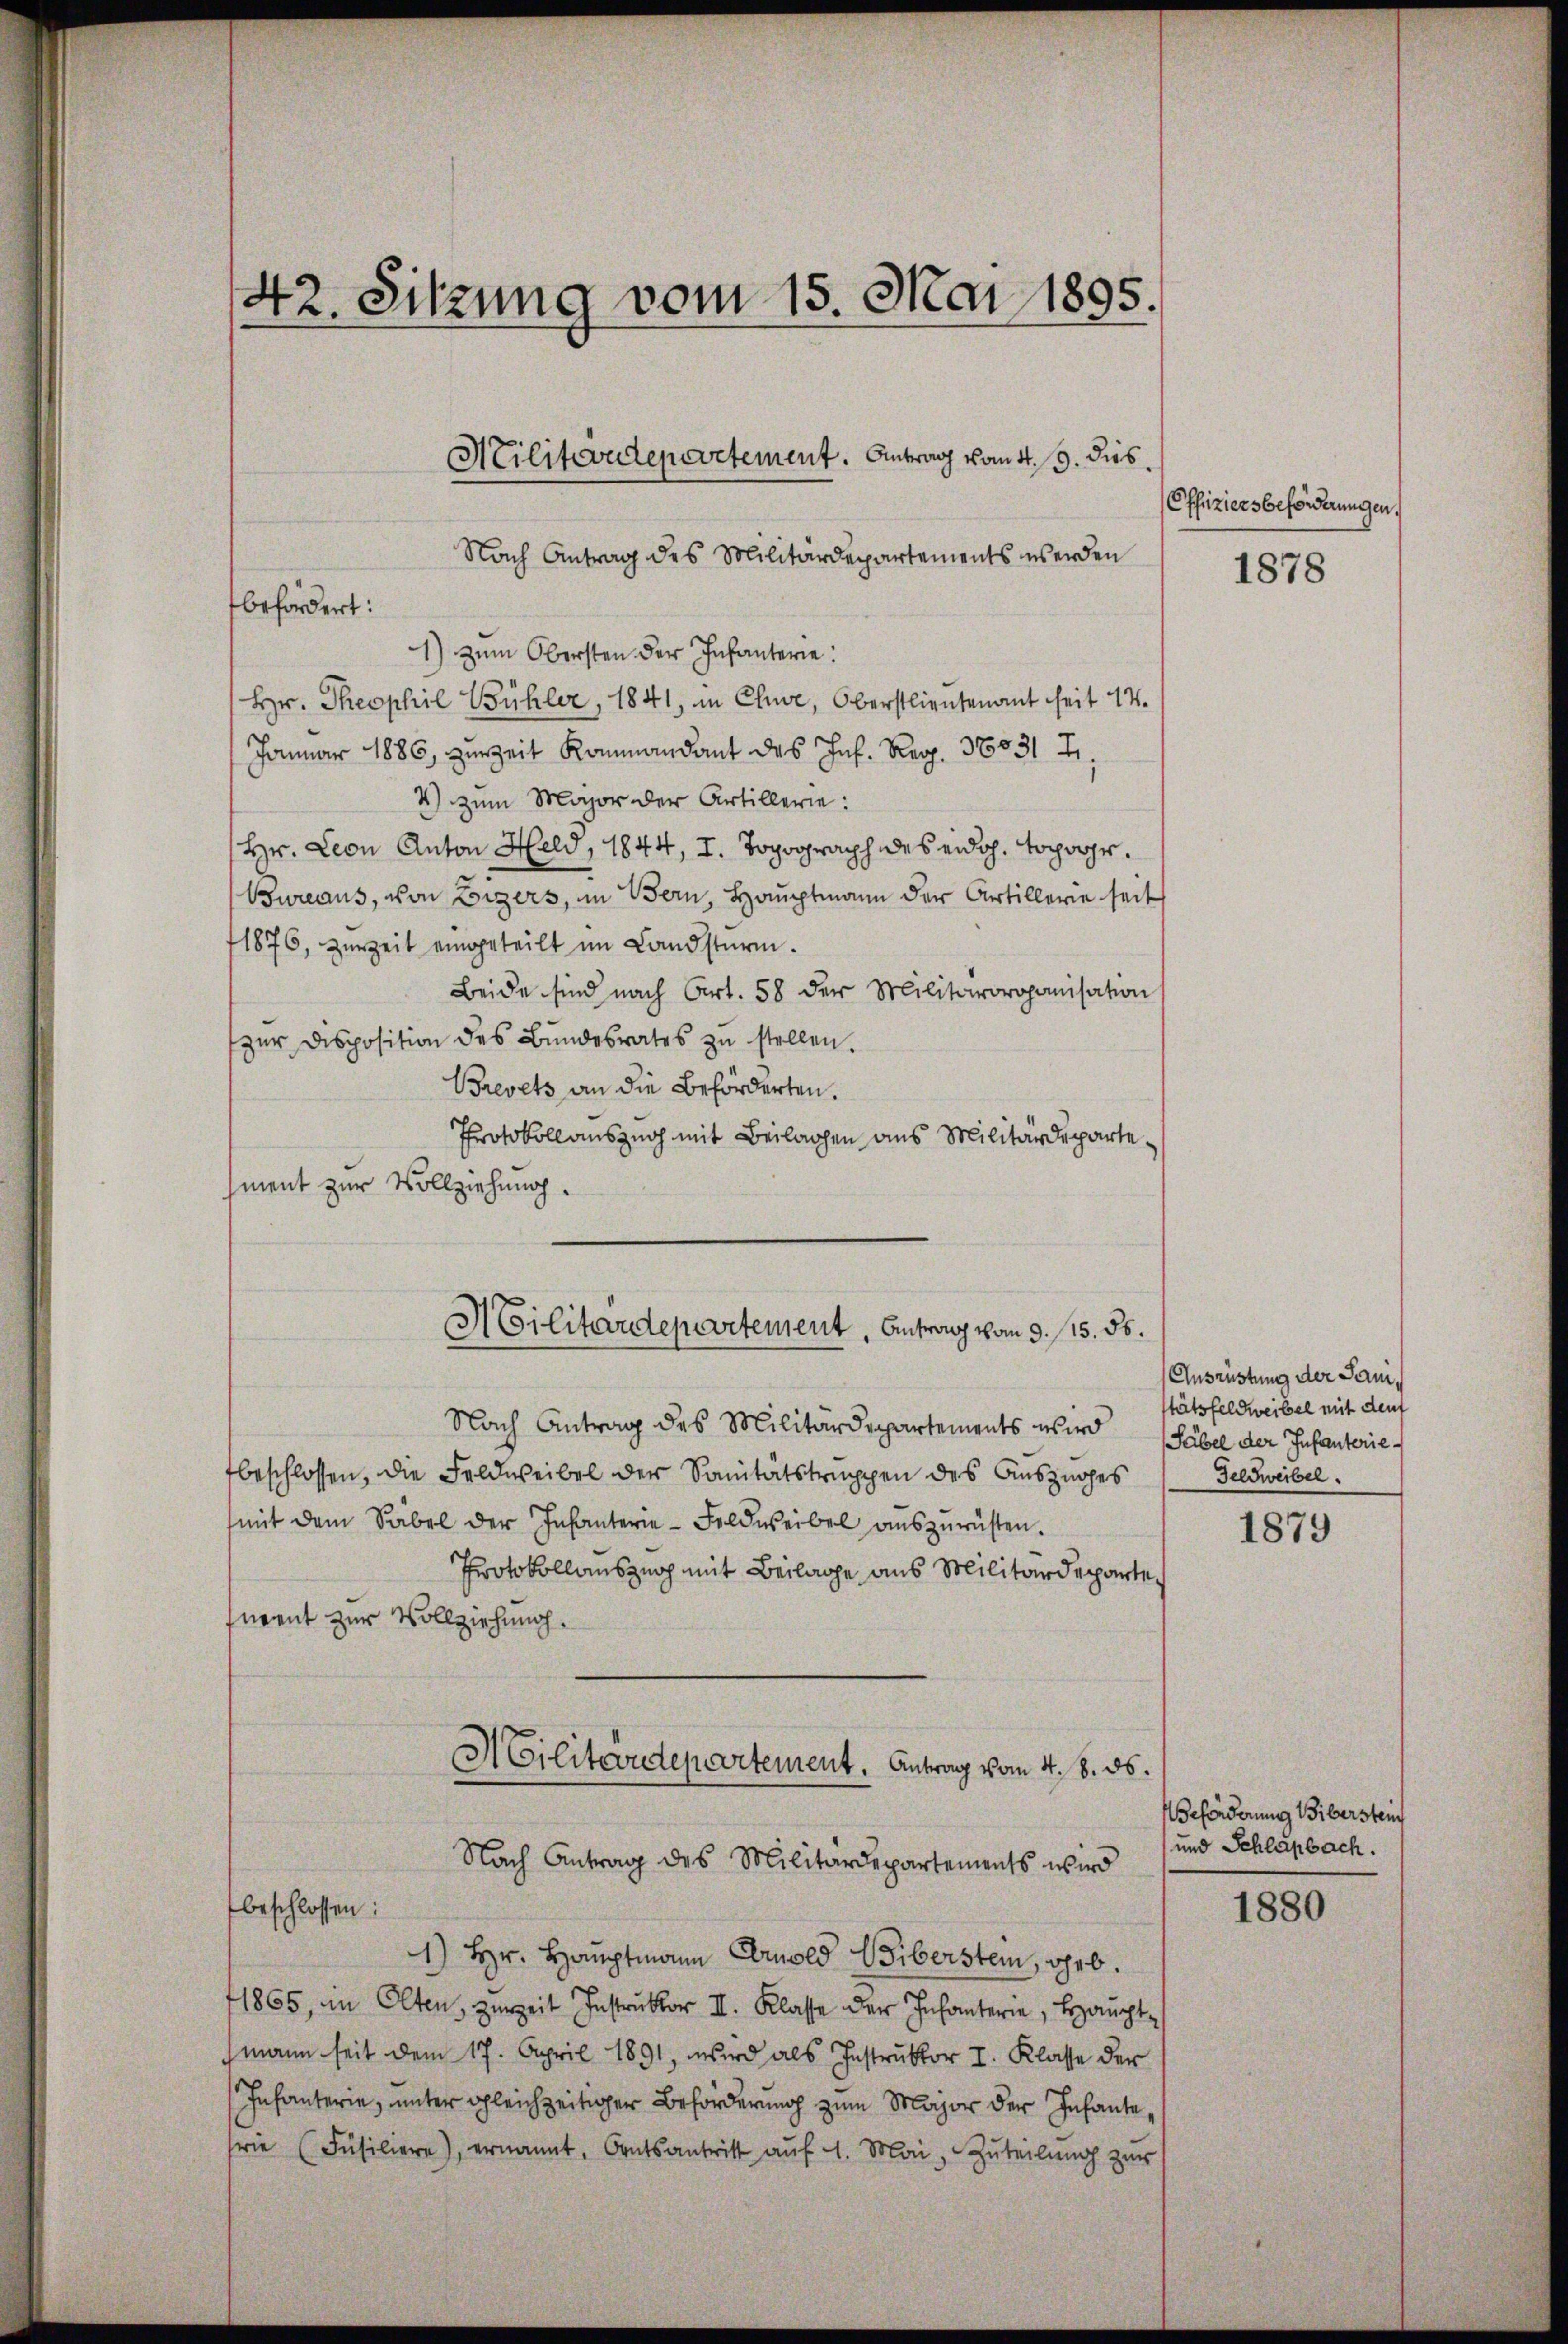
1) zum Obersten der Infanterie:
Hr. Theophil Bühler, 1841, in Chuwe, Oberstlieutenant seit 14.
Januar 1886, zurZeit Kommandant des Inf. Reg. 36031 Fr.
4) Zum Major der Artillerie:
Hr. Leon Anton Held, 1844, I. Topograph des eidg. topogr.
Bureaus, von Lizers, im Bern, Hauptmann der Artillerie seit
1876, zur Zeit eingeteilt im Landsturm.
Beide sind nach Art. 58 der Militärorganisation
zŭr disposition des Bŭndesrates zŭ stellen.
Brevets an die Beförderten.
Protokollauszug mit Beilagen aus Militärdepartement zur Vollziehung.
Nach Antrag des Militärdepartements wird
beschlossen, die Feldweibel der Sanitätstruppen des Auszuges
(mit dem Säbel der Infanterie-Feldweibel aŭszŭrüsten.
Protokollauszug mit Beilage aus Militärdeparte,
nrent zur Vollziehung.
M Cilitevrtepartement. Antrag vom 4. 8. ds.
Nach Antrag des Militärdepartements wird
beschlossen:
1) Hr. Hauptmann Gerold Weiberstem, geb.
1865, in Olten, zurzeit Instruktor II. Klasse der Infanterie, Hauptmann seit dem 17. April 1891, wird als Instrŭktor I. Klasse der
Infanterie, unter gleichzeitiger Beförderung zum Major der Infanterie (Füsiliere), ernannt, Ortsantritt auf 4. Mai, Zuteilung zur

42. Sitzung vom 15. Mai 1895.

befördert:

Militärdepartement. Antrag vom 4. 19. dies
Nach Antrag des Militärdepartements werden

Militärdepartement. Antrag vom 3. 115. 55.

Offiziers beförderungen,

1878

Ausrüstung der Sanitätsfeldweibel mit den
Säbel der Infanterie-
Feldweibel.

1879

Beförderung Biberstein
und Schlapbach.

1880